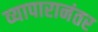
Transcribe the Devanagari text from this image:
व्यापारानंतर